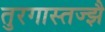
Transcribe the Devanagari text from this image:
तुरगास्तज्झै